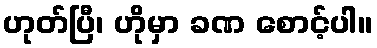
ဟုတ်ပြီ၊ ဟိုမှာ ခဏ စောင့်ပါ။